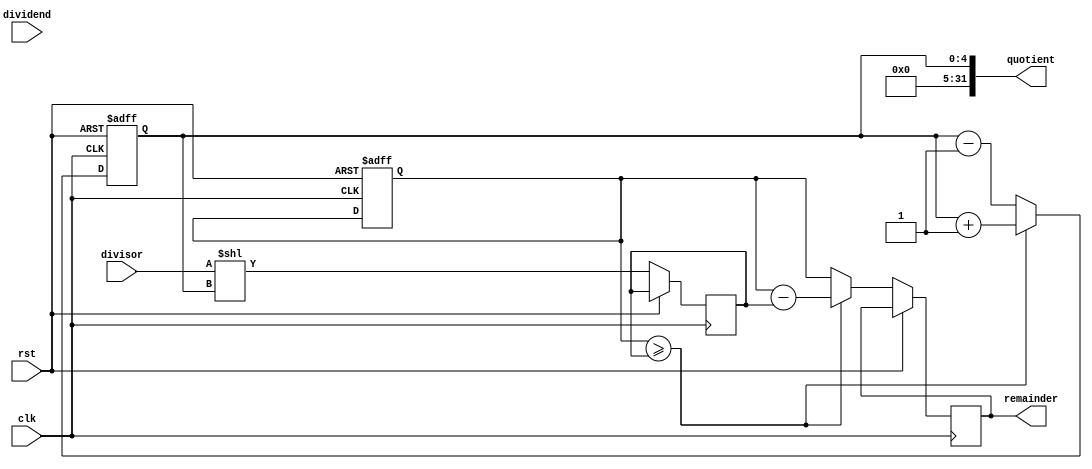
module radix2_srt_divider (
  input wire clk,
  input wire rst,
  input wire [31:0] dividend,
  input wire [31:0] divisor,
  output wire [31:0] quotient,
  output wire [31:0] remainder
);

reg [31:0] partial_remainder;
reg [4:0] shift_amt;
wire [31:0] shifted_divisor;
reg [31:0] next_partial_remainder;

always @ (posedge clk or posedge rst) begin
  if (rst) begin
    partial_remainder <= 32'h0;
    shift_amt <= 5'd0;
  end else begin
    shifted_divisor <= divisor << shift_amt;
    if (partial_remainder >= shifted_divisor) begin
      next_partial_remainder <= partial_remainder - shifted_divisor;
      shift_amt <= shift_amt + 1;
    end else begin
      next_partial_remainder <= partial_remainder;
      shift_amt <= shift_amt - 1;
    end
  end
end

assign quotient = shift_amt;
assign remainder = next_partial_remainder;

endmodule